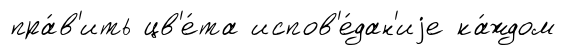
пра́в'ить цв'е́та испов'е́дан'иjе ка́ждом